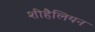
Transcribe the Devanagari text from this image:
शीहैलियन